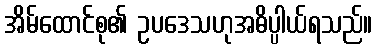
အိမ်ထောင်စု၏ ဥပဒေသဟုအဓိပ္ပါယ်ရသည်။